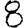
Digit: 8